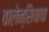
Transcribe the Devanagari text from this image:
वालेन्सियाचा